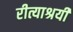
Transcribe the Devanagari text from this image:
रीत्याश्रयी